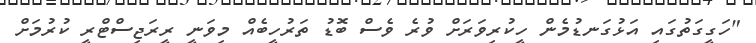
"ހަގީގަތުގައި އަޅުގަނޑުމެން ހީކުރިވަރަށް ވުރެ ވެސް ބޮޑު ތަރުހީބެއް މިވަނީ ރީރަޖިސްޓްރީ ކުރުމަށް